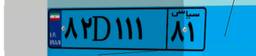
۸۲D۱۱۱۸۱